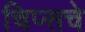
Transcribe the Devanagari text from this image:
चिप्सचे